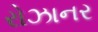
રોઝાનર